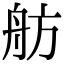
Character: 舫